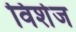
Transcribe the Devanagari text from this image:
विशेज